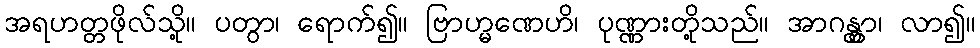
အရဟတ္တဖိုလ်သို့။ ပတွာ၊ ရောက်၍။ ဗြာဟ္မဏေဟိ၊ ပုဏ္ဏားတို့သည်။ အာဂန္တွာ၊ လာ၍။